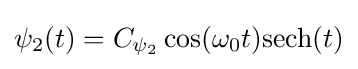
\psi _{2}(t)=C_{\psi _{2}}\cos(\omega _{0}t){\rm {sech}}(t)